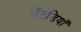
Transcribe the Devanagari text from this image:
अँतड़ियाँ